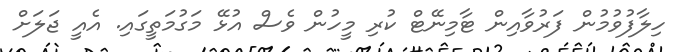
ހިލާފުވުމުން ފަރުވާއިން ޓާމިނޭޓް ކުރި މީހުން ވެސް އުޅޭ މަގުމަތީގައި. އެއީ ޖަލަށް